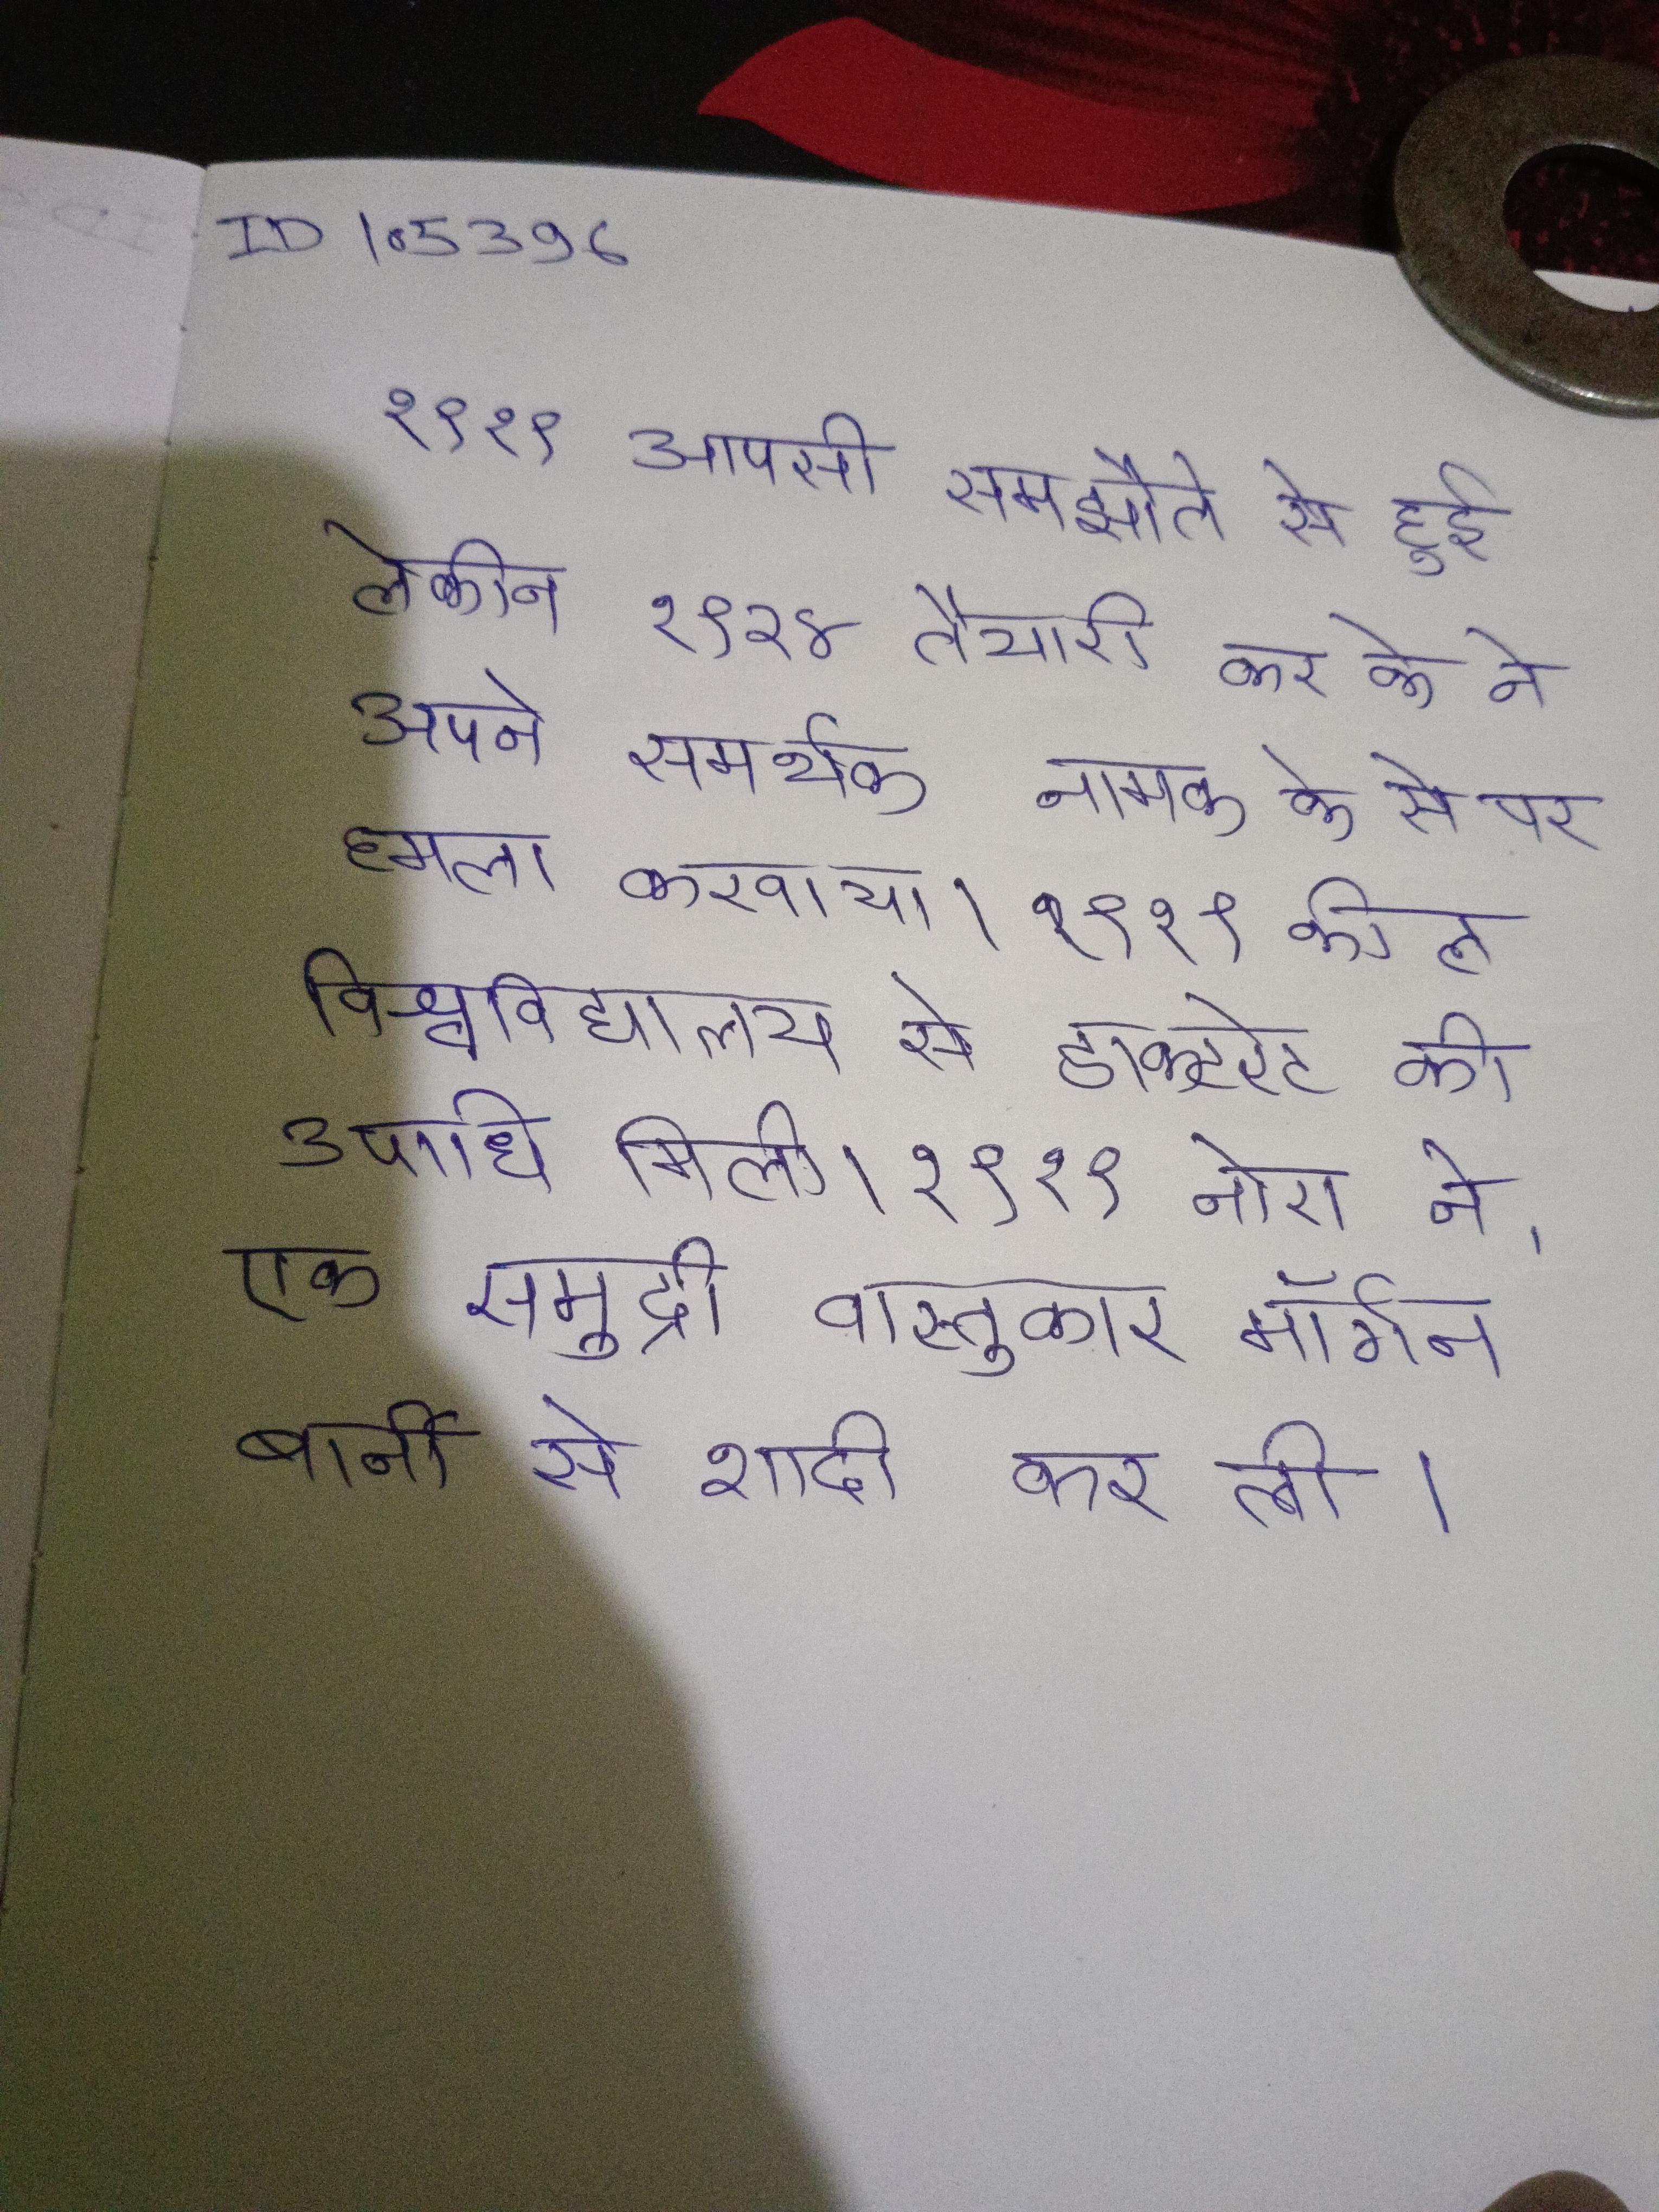
१९१९ आपसी समझौते से हुई लेकिन १९२४ तैयारी कर के ने अपने समर्थक नामक के से पर हमला करवाया । १९१९ कील विश्वविद्यालय से डाक्टरेट की उपाधि मिली । १९१९ नोरा ने, एक समुद्री वास्तुकार मॉर्गन बार्नी से शादी कर ली ।